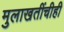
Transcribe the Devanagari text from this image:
मुलाखतींचीही